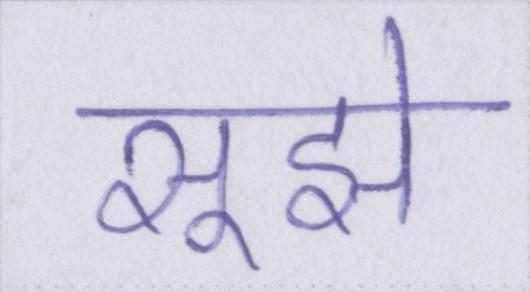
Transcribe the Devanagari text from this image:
सूझे